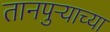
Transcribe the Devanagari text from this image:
तानपुऱ्याच्या